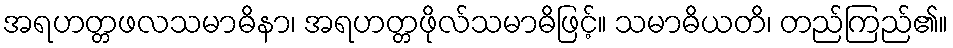
အရဟတ္တဖလသမာဓိနာ၊ အရဟတ္တဖိုလ်သမာဓိဖြင့်။ သမာဓိယတိ၊ တည်ကြည်၏။